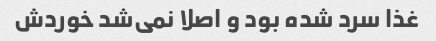
غذا سرد شده بود و اصلا نمی‌شد خوردش